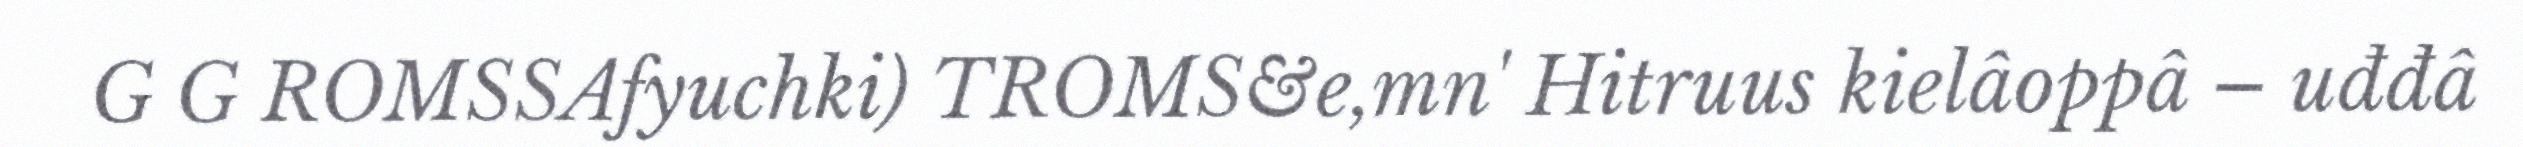
G G ROMSSAfyuchki) TROMS&e,mn' Hitruus kielâoppâ – uđđâ